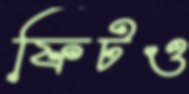
ফিটও